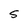
Character: 5